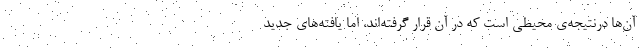
آن‌ها درنتیجه‌ی محیطی است که در آن قرار گرفته‌اند، اما یافته‌های جدید